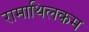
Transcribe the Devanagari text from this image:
रामाथिलकम